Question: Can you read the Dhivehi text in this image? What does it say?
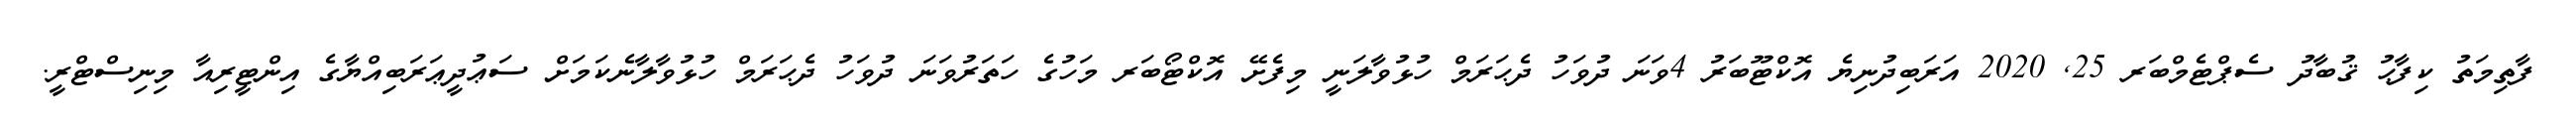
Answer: ފާތިމަތު ކިފާޙު ޤުބާދު ސެޕްޓެމްބަރ 25, 2020 އަރަބިދުނިޔެ އޮކްޓޫބަރު 4ވަނަ ދުވަހު ދެޙަރަމް ހުޅުވާލަނީ މިފެށޭ އޮކްޓޯބަރ މަހުގެ ހަތަރުވަނަ ދުވަހު ދެޙަރަމް ހުޅުވާލާނެކަމަށް ސަޢުދީޢަރަބިއްޔާގެ އިންޓީރިއާ މިނިސްޓްރީ.